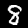
Label: 8